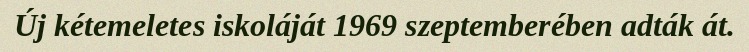
Új kétemeletes iskoláját 1969 szeptemberében adták át.